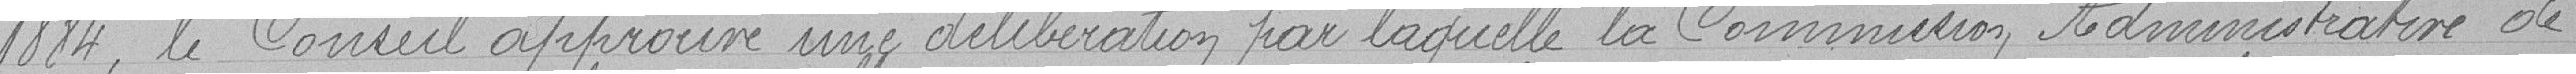
1884, le Conseil approuve une délibération par laquelle la Commission Administrative de